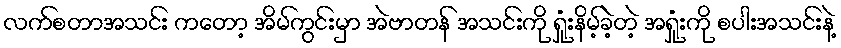
လက်စတာအသင်း ကတော့ အိမ်ကွင်းမှာ အဲဗာတန် အသင်းကို ရှုံးနိမ့်ခဲ့တဲ့ အရှုံးကို စပါးအသင်းနဲ့